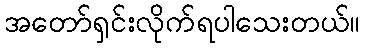
အတော်ရှင်းလိုက်ရပါသေးတယ်။